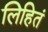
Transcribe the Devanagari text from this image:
लिहितं